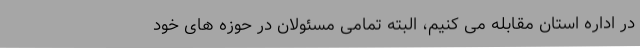
در اداره استان مقابله می کنیم، البته تمامی مسئولان در حوزه های خود